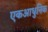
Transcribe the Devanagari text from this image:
एकआधुनिक